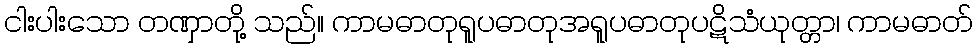
ငါးပါးသော တဏှာတို့ သည်။ ကာမဓာတုရူပဓာတုအရူပဓာတုပဋိသံယုတ္တာ၊ ကာမဓာတ်